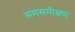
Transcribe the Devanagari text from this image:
समसमीक्षण